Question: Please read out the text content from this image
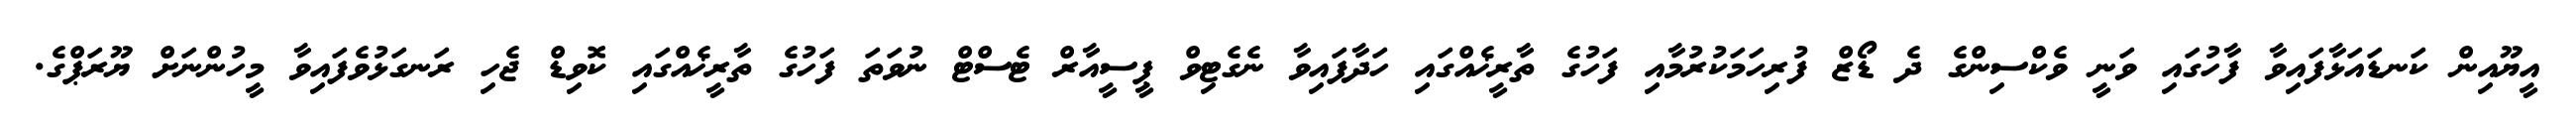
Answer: އީޔޫއިން ކަނޑައަޅާފައިވާ ފާހުގައި ވަނީ ވެކްސިންގެ ދެ ޑޯޒް ފުރިހަމަކުރުމާއި ފަހުގެ ތާރީޚެއްގައި ހަދާފައިވާ ނެގެޓިވް ޕީސީއާރް ޓެސްޓް ނުވަތަ ފަހުގެ ތާރީޚެއްގައި ކޮވިޑް ޖެހި ރަނގަޅުވެފައިވާ މީހުންނަށް ޔޫރަޕްގެ.